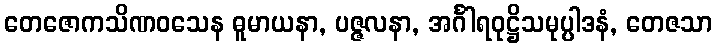
တေဇောကသိဏဝသေန ဓူမာယနာ, ပဇ္ဇလနာ, အင်္ဂါရဝုဋ္ဌိသမုပ္ပါဒနံ, တေဇသာ